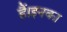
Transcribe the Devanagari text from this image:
हैं।इनका